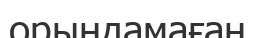
орындамаған